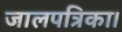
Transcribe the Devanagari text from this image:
जालपत्रिका।